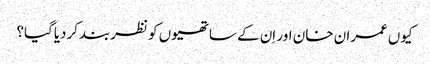
کیوں عمران خان اور اِن کے ساتھیوں کو نظربندکردیاگیا؟